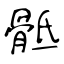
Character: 骶